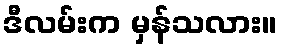
ဒီလမ်းက မှန်သလား။